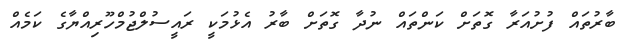
ބާރުތައް ފުށުއަރާ ގޮތަށް ކަންތައް ނުދާ ގޮތަށް ބާރު އެޅުމަކީ ރައީސުލްޖުމްހޫރިއްޔާގެ ކަމެއް